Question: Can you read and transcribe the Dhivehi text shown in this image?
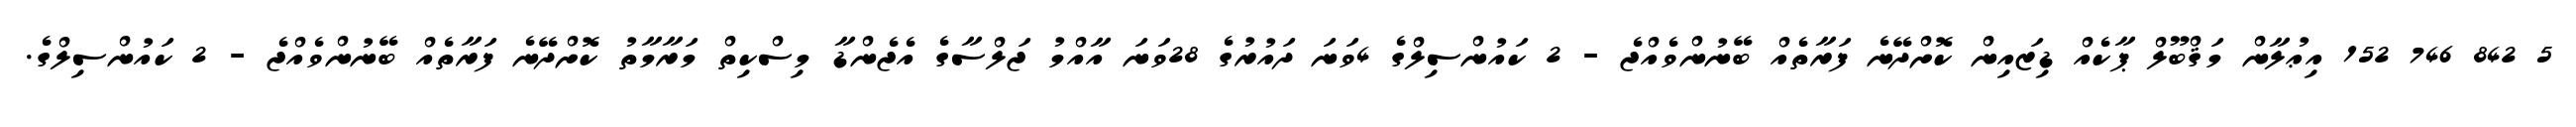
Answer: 5 842 746 152 އިޢުލާން މަޤްބޫލް ޕާކެއް ޑިޒައިން ކޮށްދޭނެ ފަރާތެއް ބޭނުންވެއްޖެ - 2 ކައުންސިލްގެ 4ވަނަ ދައުރުގެ 28ވަނަ އާއްމު ޖަލްސާގެ އެޖެންޑާ މިސްކިތް މަރާމާތު ކޮށްދޭނެ ފަރާތެއް ބޭނުންވެއްޖެ - 2 ކައުންސިލްގެ.